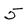
Character: 5